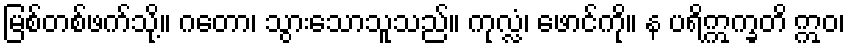
မြစ်တစ်ဖက်သို့။ ဂတော၊ သွားသောသူသည်။ ကုလ္လံ၊ ဖောင်ကို။ န ပရိဣက္ခတိ ဣဝ၊